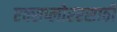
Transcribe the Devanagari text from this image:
एक्सप्लोररसाठी